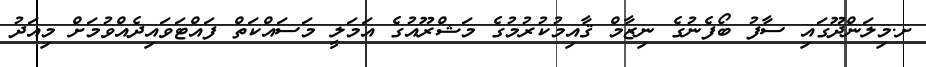
ށ.މިލަންދޫގައި ސާފު ބޯފެނުގެ ނިޒާމް ޤާއިމުކުރުމުގެ މަޝްރޫއުގެ އަމަލީ މަސައްކަތް ފައްޓަވައިދެއްވުމަށް މިއަދު